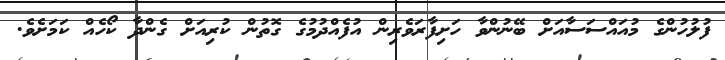
ފުލުހުންގެ މުއައްސަސާއަށް ބޭނުންވާ ހަށިފާރަވެރިން އުފެއްދުމުގެ ގޮތުން ކުރިއަށް ގެންދާ ކޯހެއް ކަމަށެވެ.